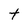
Character: t